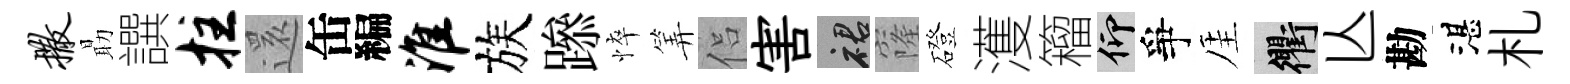
撒朂譔拄𮟃缶編淮族𨅶悴筭侣害裙窿磴濩籕仰爭厓衢亾勘湛札